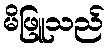
မိဖြူသည်